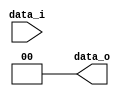
//a 0516327
//Subject:      CO project 2 - Shift_Left_Two_32
//--------------------------------------------------------------------------------
//Version:     1
//--------------------------------------------------------------------------------
//Description: 
//--------------------------------------------------------------------------------

module Shift_Left_Two_32(
    data_i,
    data_o
    );
parameter size = 0;	
              
input [size-1:0] data_i;
output [size-1:0] data_o;

assign data_o[size-1:0] = {data_i[size-3:0], 1'b0, 1'b0};

endmodule